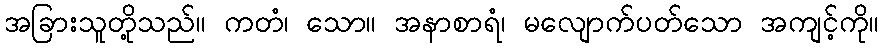
အခြားသူတို့သည်။ ကတံ၊ သော။ အနာစာရံ၊ မလျောက်ပတ်သော အကျင့်ကို။